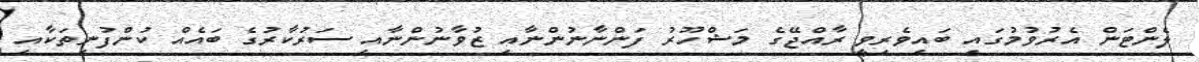
ލެންޓަން އެރުވުމުގައި ބައިވެރިވީ ރާއްޖޭގެ މަޝްހޫރު ފަންނާނުންނާއި ޒުވާނުންނާއި ސަރުކާރުގެ ބައެއް ކުންފުނިތަކާއި